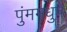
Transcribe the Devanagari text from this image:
पुंममधुप